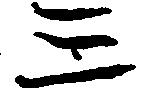
三